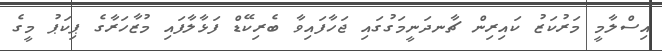
އިސްލާމީ މަރުކަޒު ކައިރިން ޗާނދަނީމަގުގައި ޖަހާފައިވާ ބެރިކޭޑް ފަޅާލާފައި މުޒާހަރާގެ ޕިކަޕު މީގެ